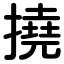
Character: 撓